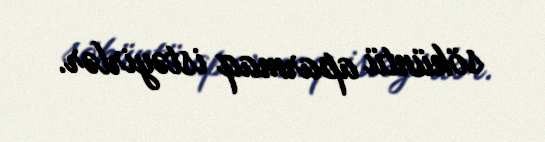
söküntü aparmaq istəyirlər.